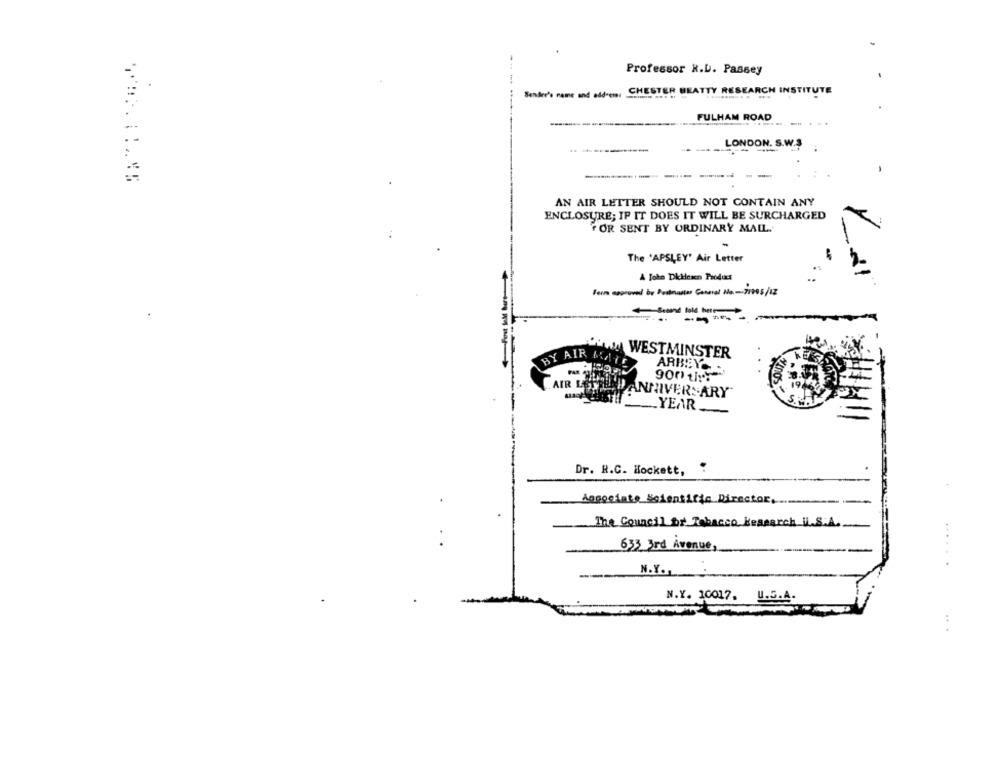
Professor R.L. Passey
Sender's name and address: CHESTER BEATTY RESEARCH INSTITUTE
FULHAM ROAD
LONDON. S.W.S
AN AIR LETTER SHOULD NOT CONTAIN ANY
ENCLOSURE; IF IT DOES IT WILL BE SURCHARGED
FOR SENT BY ORDINARY MAIL.
The 'APSLEY' Air Letter
Ferm approved by Pestnastar Ganaral No -- 21905/12
Sand told her
----
WWW. WESTMINSTER
BY AIR MAIS
ARBEY
900 1 ::
AIR LETTER ! ANNIVERSARY
-YEAR
Dr. R.C. Hockett,
Angociate Scientific Director. ..
The Council for Tobacco Research i.S.A.
633 3rd Avenue,
N.Y .,.
N.Y. 10017.
U.S.A.